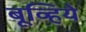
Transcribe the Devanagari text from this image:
बूव्हिये